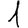
Digit: 1